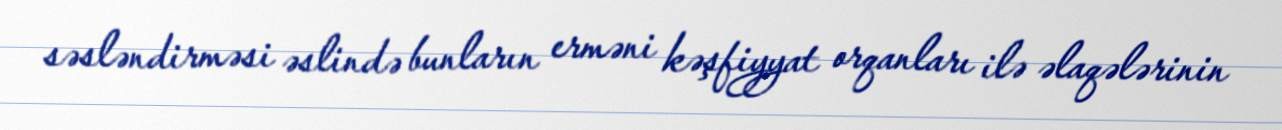
səsləndirməsi əslində bunların erməni kəşfiyyat orqanları ilə əlaqələrinin